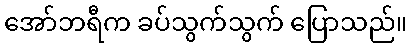
အော်ဘရီက ခပ်သွက်သွက် ပြောသည်။